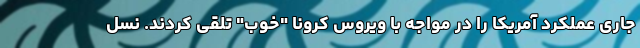
جاری عملکرد آمریکا را در مواجه با ویروس کرونا "خوب" تلقی کردند. نسل